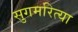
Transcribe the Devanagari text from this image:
सुगमरित्या